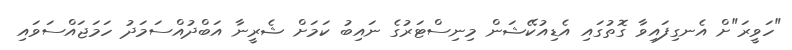
"ހަވީރަ"ށް އެނގިފައިވާ ގޮތުގައި އެޑިއުކޭޝަން މިނިސްޓަރުގެ ނައިބު ކަމަށް ޝެރީނާ އަބްދުއްސަމަދު ހަމަޖައްސަވައި